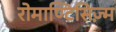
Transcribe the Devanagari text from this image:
रोमाण्टिसिज़्म